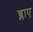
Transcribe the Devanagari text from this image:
ब्लाए